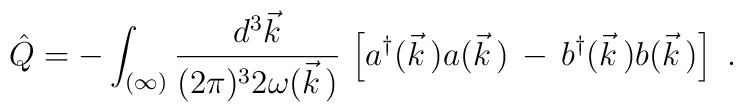
\hat{Q}=-\int_{(\infty)}\frac{d^3\vec{k}}{(2\pi)^32\omega(\vec{k}\,)}\,\left[a^\dagger(\vec{k}\,)a(\vec{k}\,)\,-\,b^\dagger(\vec{k}\,)b(\vec{k}\,)\right]\ .